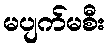
မပျက်မစီး